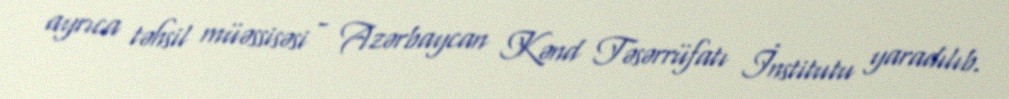
ayrıca təhsil müəssisəsi - Azərbaycan Kənd Təsərrüfatı İnstitutu yaradılıb.